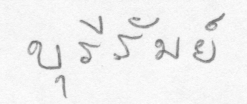
บุรีรัมย์